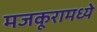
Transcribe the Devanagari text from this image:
मजकूरामध्ये